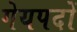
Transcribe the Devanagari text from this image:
गेयपदों